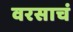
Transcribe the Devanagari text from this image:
वरसाचं